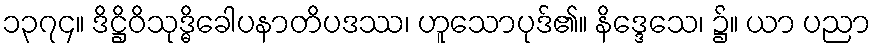
၁၃၇၄။ ဒိဋ္ဌိဝိသုဒ္ဓိခေါပနာတိပဒဿ၊ ဟူသောပုဒ်၏။ နိဒ္ဒေသေ၊ ၌။ ယာ ပညာ